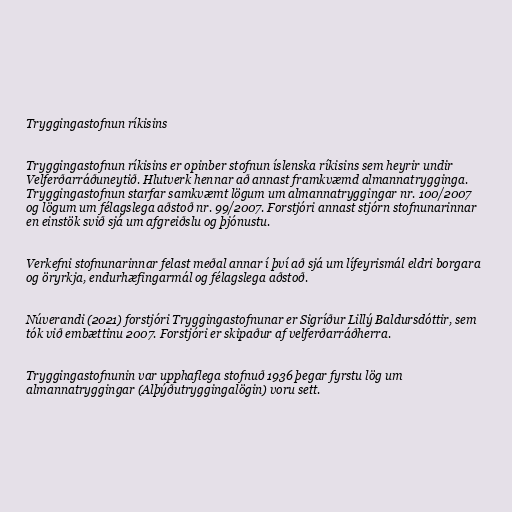
Tryggingastofnun ríkisins

Tryggingastofnun ríkisins er opinber stofnun íslenska ríkisins sem heyrir undir
Velferðarráðuneytið. Hlutverk hennar að annast framkvæmd almannatrygginga.
Tryggingastofnun starfar samkvæmt lögum um almannatryggingar nr. 100/2007
og lögum um félagslega aðstoð nr. 99/2007. Forstjóri annast stjórn stofnunarinnar
en einstök svið sjá um afgreiðslu og þjónustu.

Verkefni stofnunarinnar felast meðal annar í því að sjá um lífeyrismál eldri borgara
og öryrkja, endurhæfingarmál og félagslega aðstoð.

Núverandi (2021) forstjóri Tryggingastofnunar er Sigríður Lillý Baldursdóttir, sem
tók við embættinu 2007. Forstjóri er skipaður af velferðarráðherra.

Tryggingastofnunin var upphaflega stofnuð 1936 þegar fyrstu lög um
almannatryggingar (Alþýðutryggingalögin) voru sett.